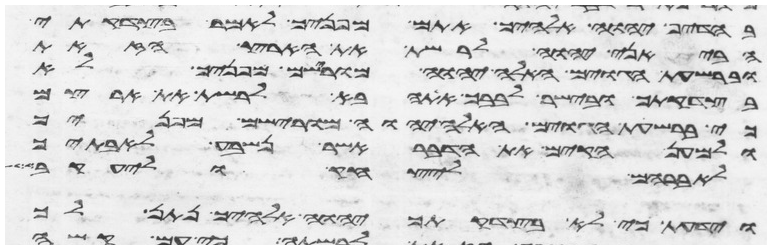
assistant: בהדיף יהוה אלהיך אתם מפניך לאמר בצדקתי
הביאני יהוה לרשת את הארץ הזאת
וברשעת הגוים האלה יהוה מורישם מפניך לא
בצדקתך ובישר לבבך אתה בא לרשת את ארצם
כי ברשעת הגוים האלה יהוה מורישם מפניך
ולמען הקים את הדבר אשר נשבע לאבתיך
לאברהם ליצחק וליעקב
וידעת כי לא בצדקתך יהוה אלהיך נתן לך